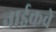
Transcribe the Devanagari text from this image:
नाईकचे